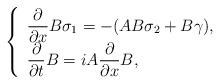
LaTeX: \begin{align*}\left\{ \begin{array}{ll}\dfrac{\partial}{\partial x} B \sigma_1 = - (A B \sigma_2 + B \gamma), \\\dfrac{\partial}{\partial t} B = i A \dfrac{\partial}{\partial x} B,\end{array} \right. \end{align*}